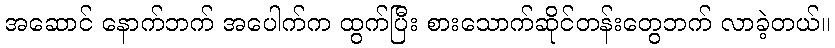
အဆောင် နောက်ဘက် အပေါက်က ထွက်ပြီး စားသောက်ဆိုင်တန်းတွေဘက် လာခဲ့တယ်။